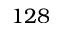
1 2 8